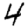
Digit: 4